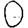
Digit: 0